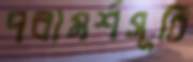
পরামর্শসূচি